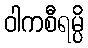
ဝါကစီရမ္ပိ